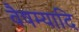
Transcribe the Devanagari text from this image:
वैषम्यादि